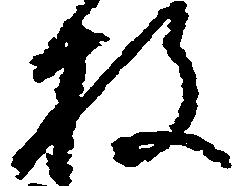
枚